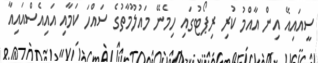
ސީއައިއޭ އިން އާއްމު ކުރި ރިޕޯޓުގައި ހިމެނޭ މައުލޫމާތުގެ ސައްހަ ކަމާއި އައިއެސްއައިއާ